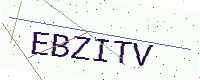
Text: EBZITV